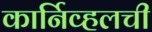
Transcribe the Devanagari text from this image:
कार्निव्हलची